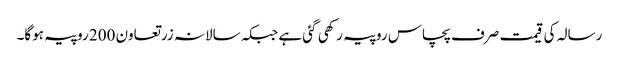
رسالہ کی قیمت صرف پچاس روپیہ رکھی گئی ہے جبکہ سالانہ زرتعاون 200 روپیہ ہوگا۔